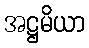
အဋ္ဌမိယာ